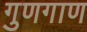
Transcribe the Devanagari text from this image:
गुणगाण